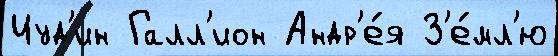
Иуд'ин Галл'ион Андр'е́я З'е́мл'ю